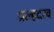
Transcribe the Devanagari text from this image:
प्रल्हदरव